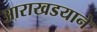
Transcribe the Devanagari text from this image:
आराखडयाने